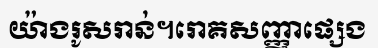
យ៉ាងរូសរាន់។រោគសញ្ញាផ្សេង